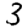
Digit: 3